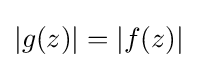
|g(z)|=|f(z)|